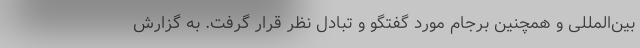
بین‌المللی و همچنین برجام مورد گفتگو و تبادل نظر قرار گرفت. به گزارش